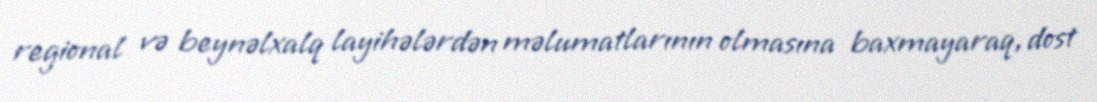
regional və beynəlxalq layihələrdən məlumatlarının olmasına baxmayaraq, dost